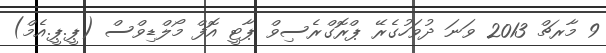
9 މާރޗް 2013 ވަނަ ދުވަހުގެރޭ ޕްރޮގްރެސިވް ޕާޓީ އޮފް މޯލްޑިވްސް (ޕީ.ޕީ.އެމް)